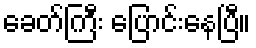
ခေတ်ကြီး ပြောင်းနေပြီ။